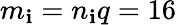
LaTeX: m_{\mathbf{i}}=n_{\mathbf{i}}q=16